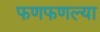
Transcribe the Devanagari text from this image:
फणफणल्या